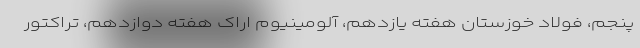
پنجم، فولاد خوزستان هفته یازدهم، آلومینیوم اراک هفته دوازدهم، تراکتور